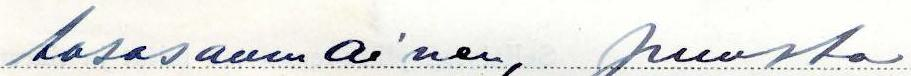
tasasaumainen, puusta